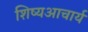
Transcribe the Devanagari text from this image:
शिष्यआचार्य